Memorandum on the prevention of leprosy by segregation of the affected
Disease focus: Leprosy
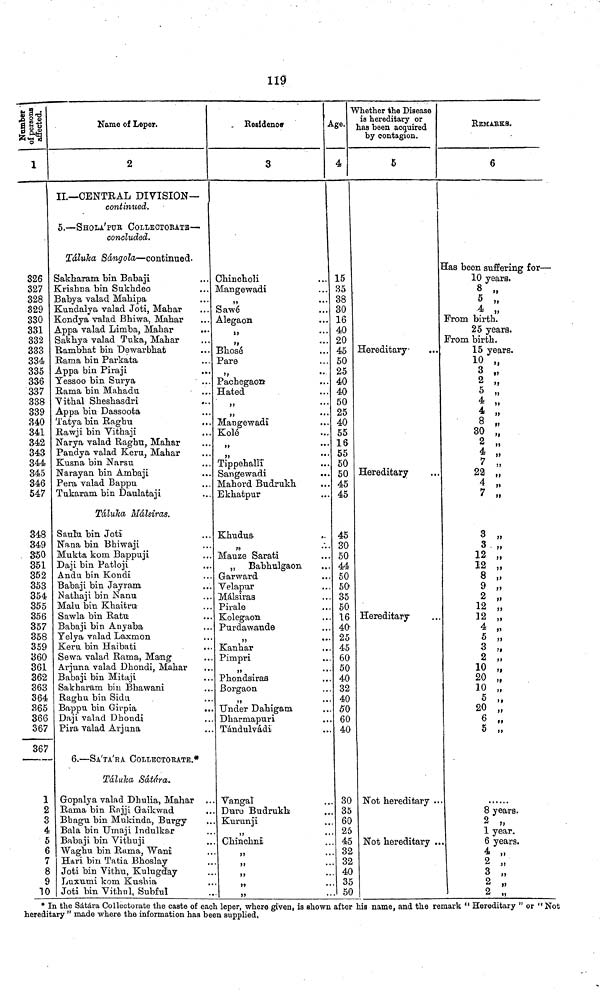
119
1
326
327
328
329
330
331
332
333
334
335
336
337
338
339
340
341
342
343
344
345
346
547
348
349
350
351
352
353
354
355
356
357
358
359
360
361
362
363
364
365
366
367
367
1
2
3
4
5
6
7
8
9
10
Name of Leper.
2
II.—CENTRAL DIVISION—
contimied.
5.—SHOLA'PUR COLLECTORATB—
concluded.
Táluka
Sángola—continued.
Sakbaram bin Babaji
Krishna bin Sukhdeo
Babya valad Mahipa
Kundalya valad Joti, Mahar
Kondya valad Bhiwa, Mahar
Appa valad Limba, Mahar
Sakhya valad Tuka, Mahar
Rambhat bin Dewarbhat
Rama bin Parkata
Appa bin Piraji
Yessoo bin Surya
Rama bin Mahadu
Yithal Sheshasdri
Appa bin Dassoota
Tatya bin Raghu
Rawji bin Vithaji
Narya valad Raghu, Mahar
Pandya valad Keru, Mahar
Kusna bin Narsu
Narayan bin Ambaji
Pera valad Bappu
Tukaram bin Daulataji
Táluka Málsiras.
Sanlu bin Joti
Nana bin Bhiwaji
Mukta kom Bappuji
Daji bin Patioji
Andu bin Kondi
Babaji bin Jayram
Nathaji bin Nanu
Malu bin Khaitru
Sawla bin Ratu
Babaji bin Anyaba
Telya valad Laxmon
Keru bin Haibati
...
Sewa valad Rama, Mang
Arjnna valad Dhondi, Mahar
Babaji bin Mitaji
Sakharam bin Bhawani
Raghu bin Sidu
Bappu bin Girpia
...
Daji valad Dhondi
Pira valad Arjuna
6.—SA'TA'EA COLLECTORATE.*
Tálulca Sátára.
Gopalya valad Dhulia, Mahar
Rama bin Rajji Gaikwad
Bhagu bin Mukinda, Burgy
Bala bin Urnaji Indulkar
Babaji bin Yithuji
Waghu bin Rama, Wani
Hari bin Tatia Bhoslay
Joti bin Vibhu, Kulugdiay
Luxumi kom Kushia
Joti bin Yithnl, Subful
Besidenoff
3
Ohincholi
Mangewadi
Sawé
Alegaon
Bhosé
Pare
Pachegaom
Hated
Mangewadi
Kolé
Tippehalli*
Sangewadi
Mahord Budrukh
Ekhatpur
Khudus-
Mauze Sarati
„
Babhulgaon
Garward
Yelapur
Málsiras
Pirale
Kolegaon
Purdawande
)5
•
Kanhar
Pimpri
Phondsiras
Borgaon
Under Dahigam
Dharmapuri
T'ándulvádi
Yangal
Duro Budrukh
Kurunji
Chinchni
»»
Age.
4
15
35
38
30
. 16
40
. 20
. 45
. 50
25
. 40
. 40
. 50
. 25
. 40
. 55
. 16
. 55
. 50
. 50
. 45
. 45
45
. 30
. 50
. 44
. 50
. 50
. 35
. 50
. 16
. 40'
. 25
. 45
. 60
. 50
. 40
. 32
. 40
.. 50
. 60
.. 40
.. 30
.. 35
.. 60
.. 25
.. 45
.. 32
.. 32
.. 40
.. 35
.. 50
Whether the Disease
is hereditary or
has been acquired
by contagion.
5
Hereditary
Hereditary
Hereditary
Not hereditary ..
Not hereditary ..
REMARKS.
6
Has been suffering for—
10 years.
8 „
5 „
4 „
From birth.
25 years.
From birth.
15 years.
10 „
3 ,
2 „
5 „
4 „
4 „
8 „
30 „
2 „
4 „
7 „
22 „
4 „
7 „
3 „
3 „
12 „
12 „
8 „
9 „
2 „
12 „
32 „
4 „
5 „
3 „
2 „
10 „
20 „
10 „
5 „
20 „
6 „
5 „
8 years.
2 „
1 year.
6 years.
4 „
2 „
3 „
2 „
2 .,
* In the Sátára Collectorate the caste of each leper, -where given, is shown after his name, and the remark " Hereditary " or " Not
hereditary " made where the information has been supplied.